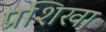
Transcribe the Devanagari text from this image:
प्रशिखा